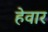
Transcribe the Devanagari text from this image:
हेवार